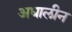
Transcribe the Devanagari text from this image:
अधालीन